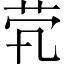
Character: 茕